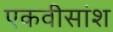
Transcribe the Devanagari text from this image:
एकवीसांश